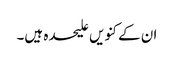
ان کے کنویں علیحدہ ہیں۔